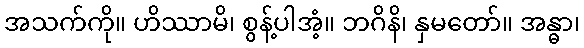
အသက်ကို။ ဟိဿာမိ၊ စွန့်ပါအံ့။ ဘဂိနိ၊ နှမတော်။ အန္ဓာ၊